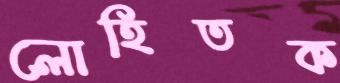
লোহিতক